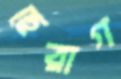
ছেরাগ